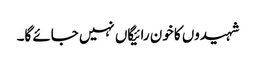
شہیدوں کا خون رائیگاں نہیں جائے گا۔